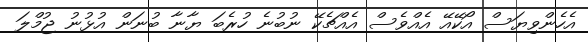
އެހެންވިޔަސް އޯކޭއޭ އެއްވެސް އެއްޗެކޭ ނުބުނެ ހުރެބަ ޔާނާ ބުނަން އުޅުނު ޖުމްލަ